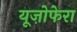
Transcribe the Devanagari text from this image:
यूज़ोफेरा